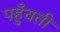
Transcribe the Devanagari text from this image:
पहुँचतीं